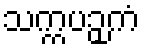
သက္ကပဉှကံ